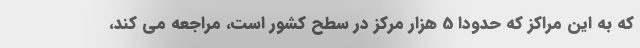
که به این مراکز که حدودا 5 هزار مرکز در سطح کشور است، مراجعه می کند،